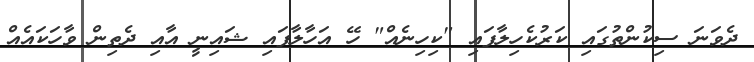
ދެވަނަ ސިކުންތުގައި ކަރުކެހިލާފައި "ކިހިނެއް" ހޭ އަހާލާފައި ޝައިނީ އާއި ދެތިން ވާހަކައެއް